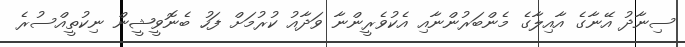
ސިނާދު އޭނާގެ އާއިލާގެ މެންބަރުންނާއި އެކުވެރީންނާ ވަދާއު ކުރުމަށް ފަހު ބެނޮވީޝީން ނިކުތީއްސުރެ